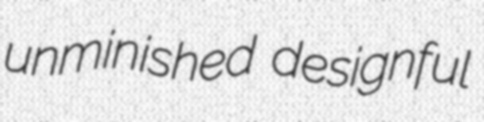
unminished designful